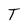
Character: T